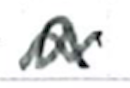
Text: a
Cross-out: wave
Writing tool: ballpoint